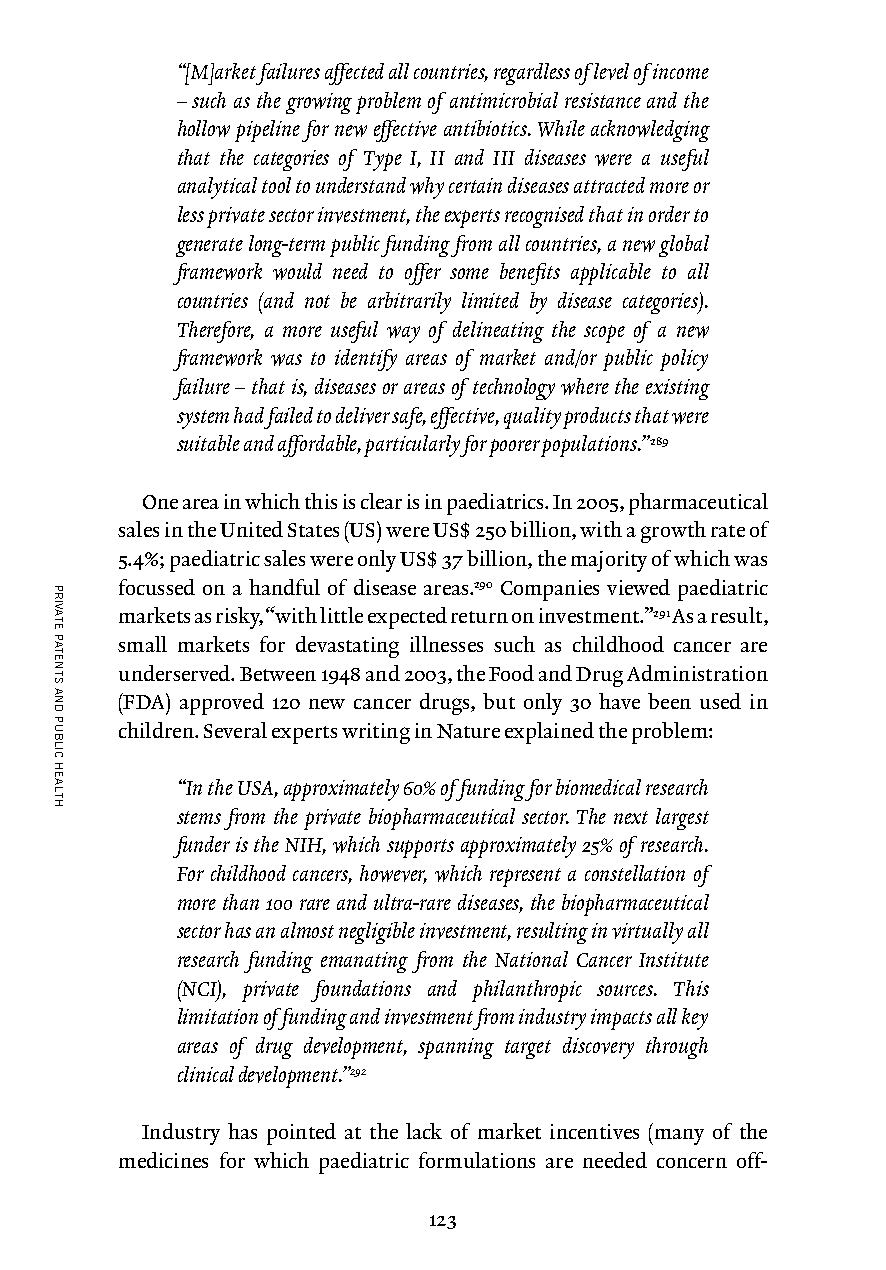
“[M]arket failures affected all countries, regardless of level of income
 – such as the growing problem of antimicrobial resistance and the
 hollow pipeline for new effective antibiotics. While acknowledging
 that the categories of Type I, II and III diseases were a useful
 analytical tool to understand why certain diseases attracted more or
 less private sector investment, the experts recognised that in order to
 generate long-term public funding from all countries, a new global
 framework would need to offer some benefits applicable to all
 countries (and not be arbitrarily limited by disease categories).
 Therefore, a more useful way of delineating the scope of a new
 framework was to identify areas of market and/or public policy
 failure – that is, diseases or areas of technology where the existing
 system had failed to deliver safe, effective, quality products that were
 suitable and affordable, particularly for poorer populations.”289
 One area in which this is clear is in paediatrics. In 2005, pharmaceutical
 sales in the United States (US) were US$ 250 billion, with a growth rate of
 5.4%; paediatric sales were only US$ 37 billion, the majority of which was
 focussed on a handful of disease areas.290 Companies viewed paediatric
 markets as risky, “with little expected return on investment.”291 As a result,
 small markets for devastating illnesses such as childhood cancer are
 underserved. Between 1948 and 2003, the Food and Drug Administration
 (FDA) approved 120 new cancer drugs, but only 30 have been used in
 children. Several experts writing in Nature explained the problem:
 “In the USA, approximately 60% of funding for biomedical research
 stems from the private biopharmaceutical sector. The next largest
 funder is the NIH, which supports approximately 25% of research.
 For childhood cancers, however, which represent a constellation of
 more than 100 rare and ultra-rare diseases, the biopharmaceutical
 sector has an almost negligible investment, resulting in virtually all
 research funding emanating from the National Cancer Institute
 (NCI), private foundations and philanthropic sources. This
 limitation of funding and investment from industry impacts all key
 areas of drug development, spanning target discovery through
 clinical development.”292
 Industry has pointed at the lack of market incentives (many of the
 medicines for which paediatric formulations are needed concern off-
 123
 PRIVATE
 PATENTS
 AND
 PUBLIC
 HEALTH